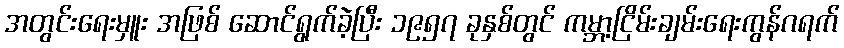
အတွင်းရေးမှူး အဖြစ် ဆောင်ရွက်ခဲ့ပြီး ၁၉၅၇ ခုနှစ်တွင် ကမ္ဘာ့ငြိမ်းချမ်းရေးကွန်ဂရက်